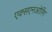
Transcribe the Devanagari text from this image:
एक्सएनओरिंग